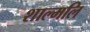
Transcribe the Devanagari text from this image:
शाल्मलि